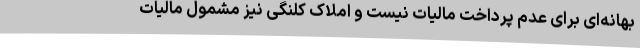
بهانه‌ای برای عدم پرداخت مالیات نیست و املاک کلنگی نیز مشمول مالیات